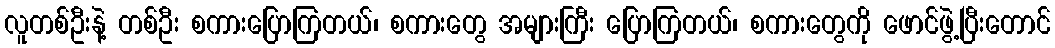
လူတစ်ဦးနဲ့ တစ်ဦး စကားပြောကြတယ်၊ စကားတွေ အများကြီး ပြောကြတယ်၊ စကားတွေကို ဖောင်ဖွဲ့ပြီးတောင်